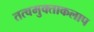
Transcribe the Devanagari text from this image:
तत्वमुक्ताकलाप